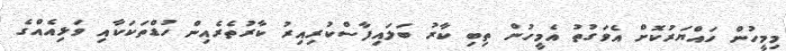
މިމީހުން ހައްޔަރުކޮށް އެވަގުތު އެމީހުން ތިބި ކާރު ބަލައިފާސްކުރިއިރު ކާރުތެރެއިން ހުޑްތަކަކާއި ވަޅިއެއްގެ